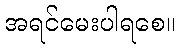
အရင်မေးပါရစေ။